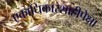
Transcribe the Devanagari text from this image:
एकाधिकारशाहीपेक्षा